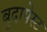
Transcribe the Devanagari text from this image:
बुदापेस्ट